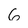
Character: 6